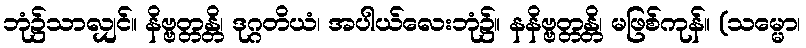
ဘုံ၌သာလျှင်။ နိဗ္ဗတ္တန္တိ၊ ဒုဂ္ဂတိယံ၊ အပါယ်လေးဘုံ၌။ နနိဗ္ဗတ္တန္တိ၊ မဖြစ်ကုန်။ (သမ္မော၊